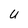
Character: U